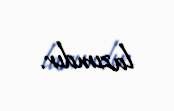
lazımdır.